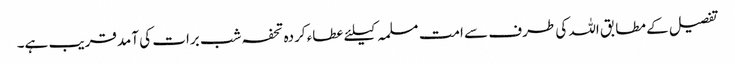
تفصیل کے مطابق اللہ کی طرف سے امت مسلمہ کیلئے عطاء کردہ تحفہ شب برات کی آمدقریب ہے۔